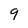
Character: 9